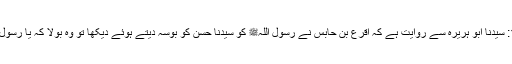
1579: سیدنا ابو ہریرہؓ سے روایت ہے کہ اقرع بن حابس نے رسول اللہﷺ کو سیدنا حسنؓ کو بوسہ دیتے ہوئے دیکھا تو وہ بولا کہ یا رسول اللہﷺ!